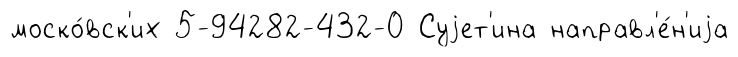
моско́вск'их 5-94282-432-0 Суjет'ина направл'е́н'иjа